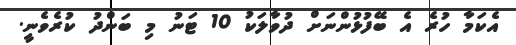
އެކަމާ ހުރެ އެ ބޭފުޅުންނަށް ދުވާލަކު 10 ޓަނު މި ބަންދު ކުރެވެނީ.